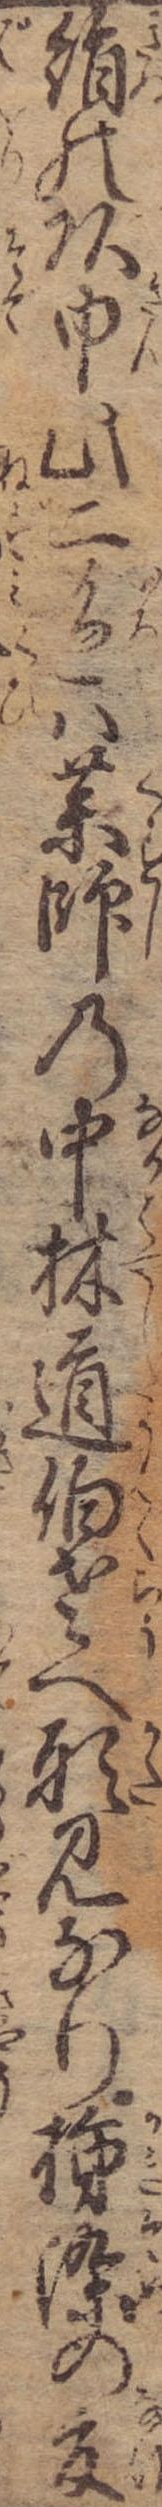
絹の頭巾此二色は薬師の中林道伯老へ形見なり染の夏